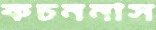
কচননাস